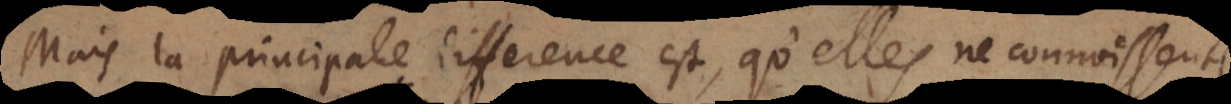
Mais la principale difference est, qu’elles ne connoissent